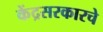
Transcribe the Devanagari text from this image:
केंद्रसरकारचे